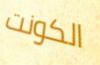
الكونت